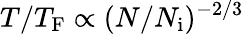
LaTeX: T/T_{\mathrm{F}}\propto(N/N_{\mathrm{i}})^{-2/3}